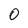
Character: O